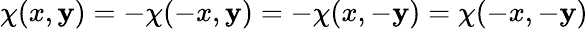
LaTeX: \chi(x,\mathbf{y})=-\chi(-x,\mathbf{y})=-\chi(x,-\mathbf{y})=\chi(-x,-\mathbf{y})